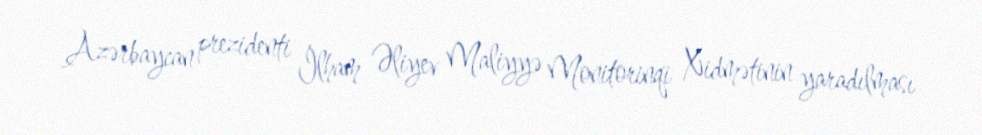
Azərbaycan prezidenti İlham Əliyev Maliyyə Monitorinqi Xidmətinin yaradılması